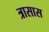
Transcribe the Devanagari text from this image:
त्रासास